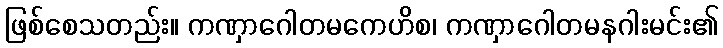
ဖြစ်စေသတည်း။ ကဏှာဂေါတမကေဟိစ၊ ကဏှာဂေါတမနဂါးမင်း၏